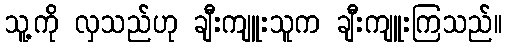
သူ့ကို လှသည်ဟု ချီးကျူးသူက ချီးကျူးကြသည်။